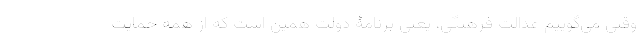
وقتی می‌گوییم عدالت فرهنگی، یعنی برنامۀ دولت همین است که از همه حمایت